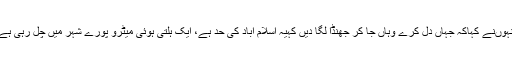
انہوںنے کہاکہ جہاں دل کرے وہاں جا کر جھنڈا لگا دیں کہیہ اسلام آباد کی حد ہے، ایک ہلتی ہوئی میٹرو پورے شہر میں چل رہی ہے۔